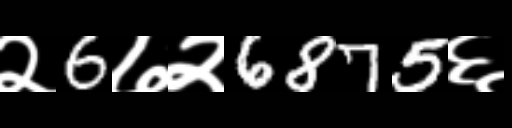
Text: २6७२6875६